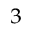
^ 3